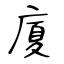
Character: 廈